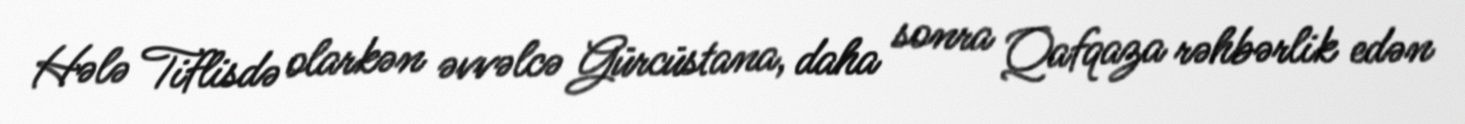
Hələ Tiflisdə olarkən əvvəlcə Gürcüstana, daha sonra Qafqaza rəhbərlik edən